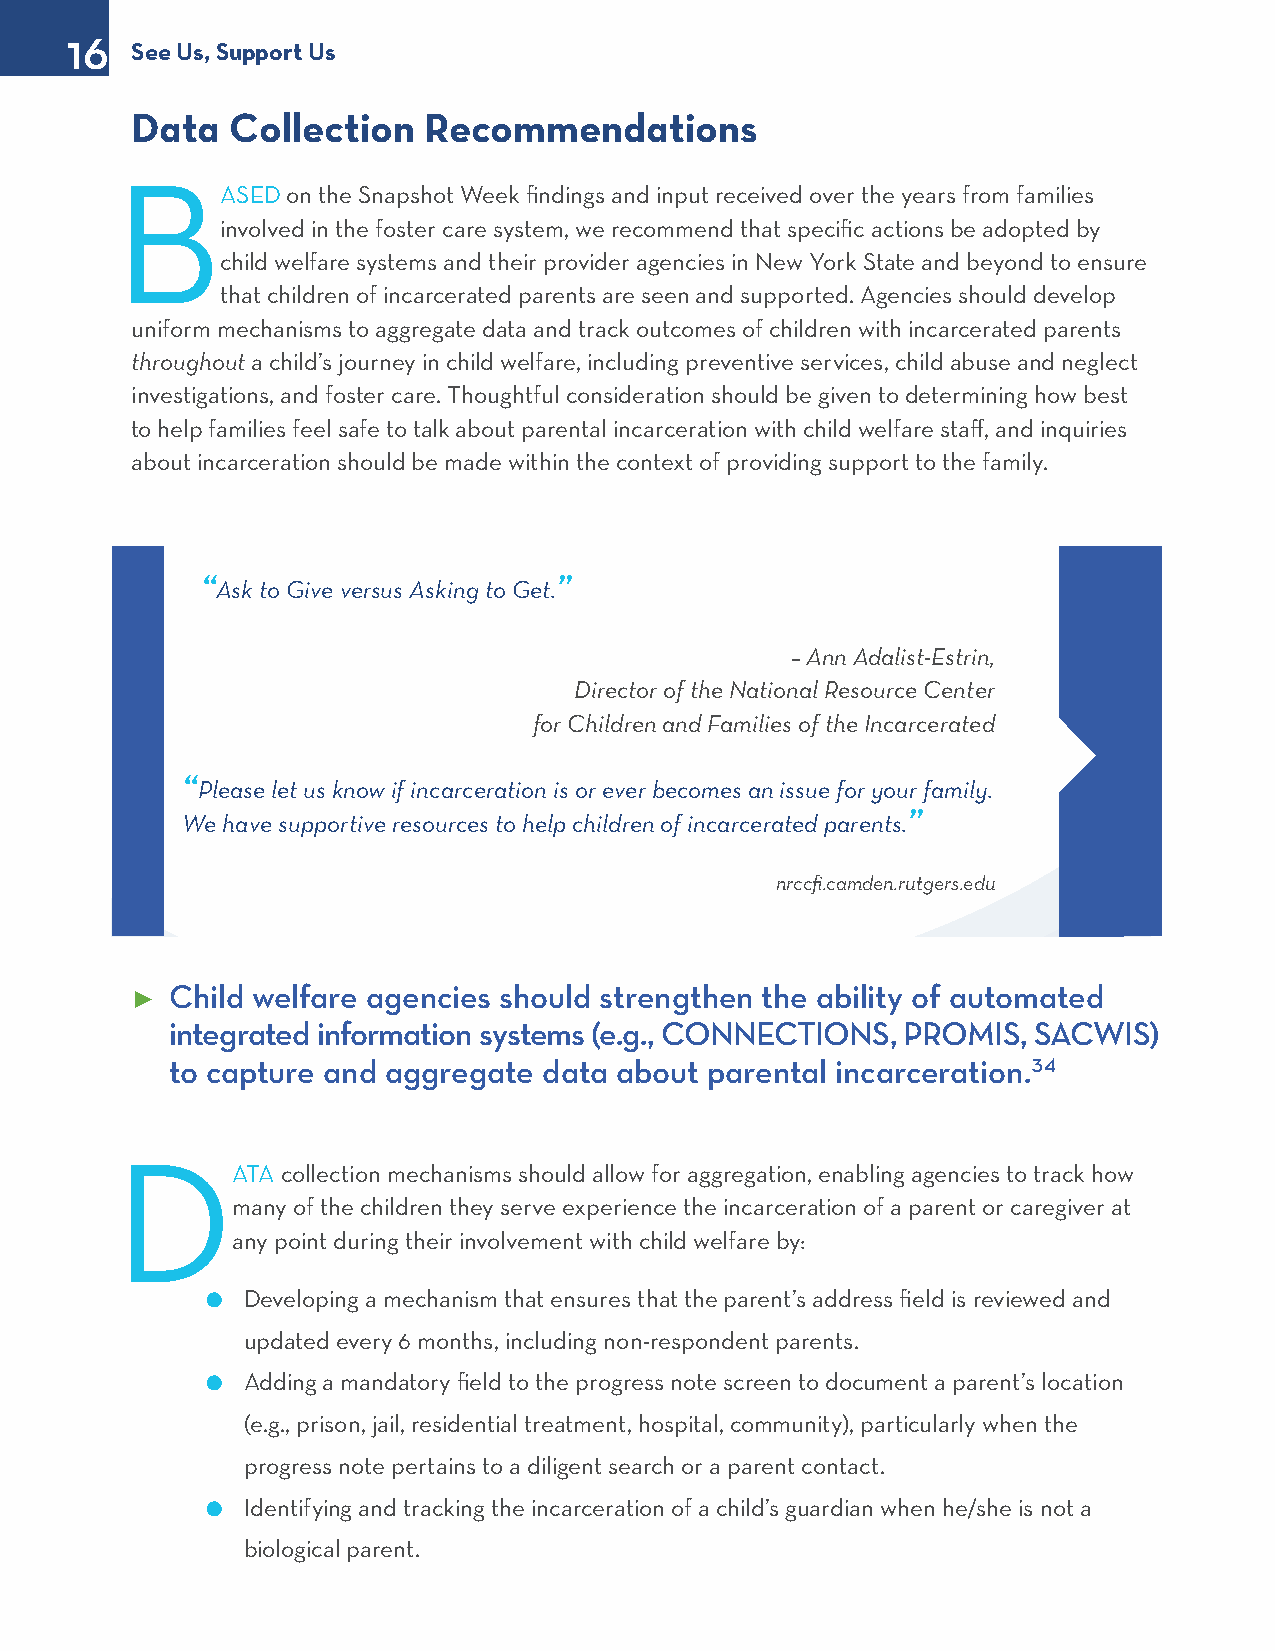
16
 See Us, Support Us
 Data  Collection   Recommendations
 B
 ASED on the Snapshot Week findings and input received over the years from families
 involved in the foster care system, we recommend that specific actions be adopted by
 child welfare systems and their provider agencies in New York State and beyond to ensure
 that children of incarcerated parents are seen and supported. Agencies should develop
 uniform mechanisms to aggregate data and track outcomes of children with incarcerated parents
 throughout a child’s journey in child welfare, including preventive services, child abuse and neglect
 investigations, and foster care. Thoughtful consideration should be given to determining how best
 to help families feel safe to talk about parental incarceration with child welfare staff, and inquiries
 about incarceration should be made within the context of providing support to the family.
 “Ask to Give versus Asking to Get.”
 – Ann Adalist-Estrin,
 Director of the National Resource Center
 for Children and Families of the Incarcerated
 “Please let us know if incarceration is or ever becomes an issue for your family.
 We have supportive resources to help children of incarcerated parents.”
 nrccfi.camden.rutgers.edu
 Child welfare agencies should strengthen the ability of automated
 ►
 integrated information systems (e.g., CONNECTIONS, PROMIS, SACWIS)
 to capture and aggregate data about parental incarceration.34
 D
 ATA collection mechanisms should allow for aggregation, enabling agencies to track how
 many of the children they serve experience the incarceration of a parent or caregiver at
 any point during their involvement with child welfare by:
 l Developing a mechanism that ensures that the parent’s address field is reviewed and
 updated every 6 months, including non-respondent parents.
 l Adding a mandatory field to the progress note screen to document a parent’s location
 (e.g., prison, jail, residential treatment, hospital, community), particularly when the
 progress note pertains to a diligent search or a parent contact.
 l Identifying and tracking the incarceration of a child’s guardian when he/she is not a
 biological parent.